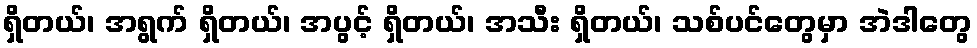
ရှိတယ်၊ အရွက် ရှိတယ်၊ အပွင့် ရှိတယ်၊ အသီး ရှိတယ်၊ သစ်ပင်တွေမှာ အဲဒါတွေ